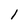
Character: I